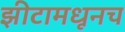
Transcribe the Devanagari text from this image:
झीटामधूनच